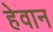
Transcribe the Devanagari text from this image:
हेवान